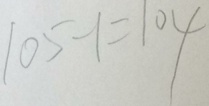
1 0 5 - 1 = 1 0 4